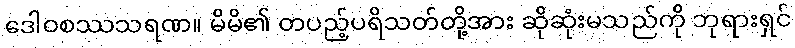
ဒေါဝစဿသရဏ။ မိမိ၏ တပည့်ပရိသတ်တို့အား ဆိုဆုံးမသည်ကို ဘုရားရှင်